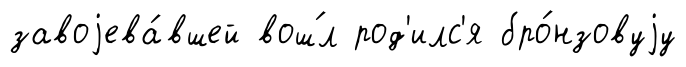
завоjева́вшей вош́л род'илс'я бро́нзовуjу